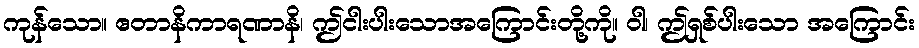
ကုန်သော။ ဧတာနိကာရဏာနိ၊ ဤငါးပါးသောအကြောင်းတို့ကို။ ဝါ၊ ဤရှစ်ပါးသော အကြောင်း